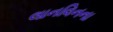
લાનવિનના